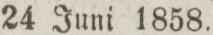
24 Juni 1858.